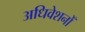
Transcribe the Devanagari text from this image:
अधिवेशनोँ